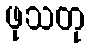
ဖုသတု